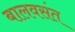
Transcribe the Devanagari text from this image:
बालवसंत